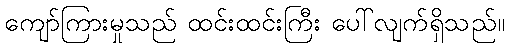
ကျော်ကြားမှုသည် ထင်းထင်းကြီး ပေါ်လျက်ရှိသည်။